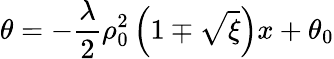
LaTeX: \theta=-\frac{\lambda}{2}\rho_{0}^{2}\left(1\mp\sqrt{\xi}\right)x+\theta_{0}